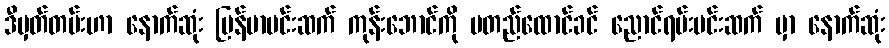
ဒီမှတ်တမ်းဟာ နောက်ဆုံး မြန်မာမင်းဆက် ကုန်းဘောင်ကို မတည်ထောင်ခင် ညောင်ရမ်းမင်းဆက် မှာ နောက်ဆုံး